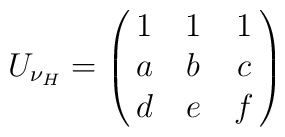
U_{\nu_{H}}=\left(\matrix{1&1&1\cr a&b&c\cr d&e&f\cr}\right)